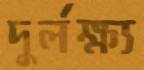
দুর্লক্ষ্য